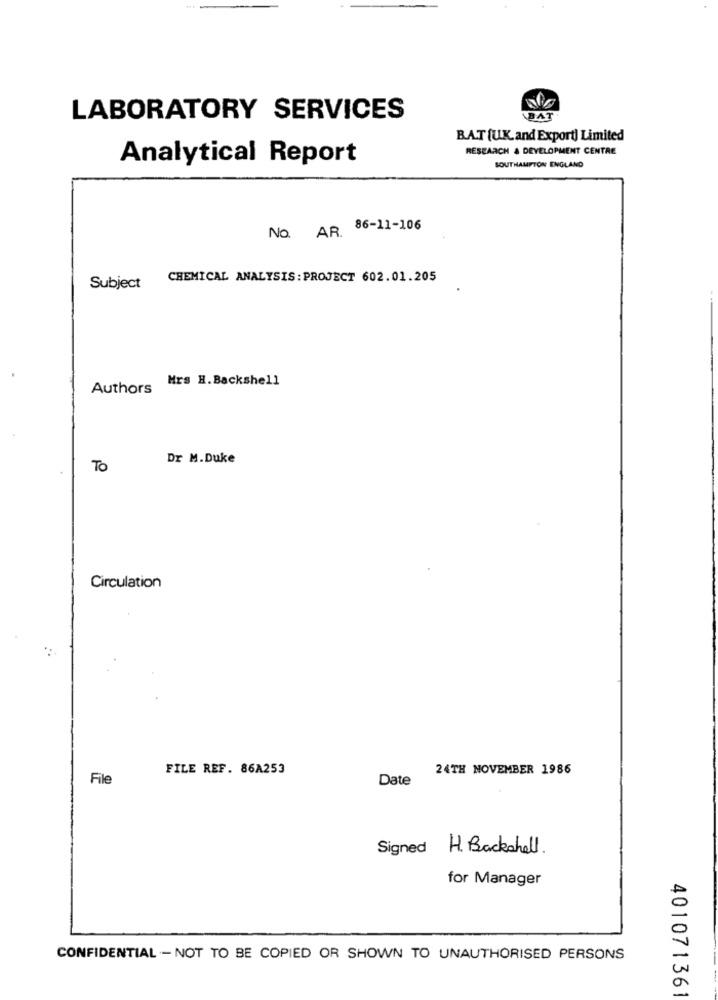
LABORATORY SERVICES
BAT
BAT [UK.and Export] Limited
RESEARCH & DEVELOPMENT CENTRE
Analytical Report
SOUTHAMPTON ENGLAND
NO. AR. 86-11-106
CHEMICAL ANALYSIS: PROJECT 602.01.205
Subject
Mrs H. Backshell
Authors
Dr M.Duke
To
Circulation
FILE REF. 86A253
24TH NOVEMBER 1986
File
Date
Signed
H. Backshell.
for Manager
CONFIDENTIAL - NOT TO BE COPIED OR SHOWN TO UNAUTHORISED PERSONS
401071361